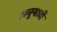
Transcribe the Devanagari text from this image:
अनुयाची